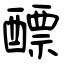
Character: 醥